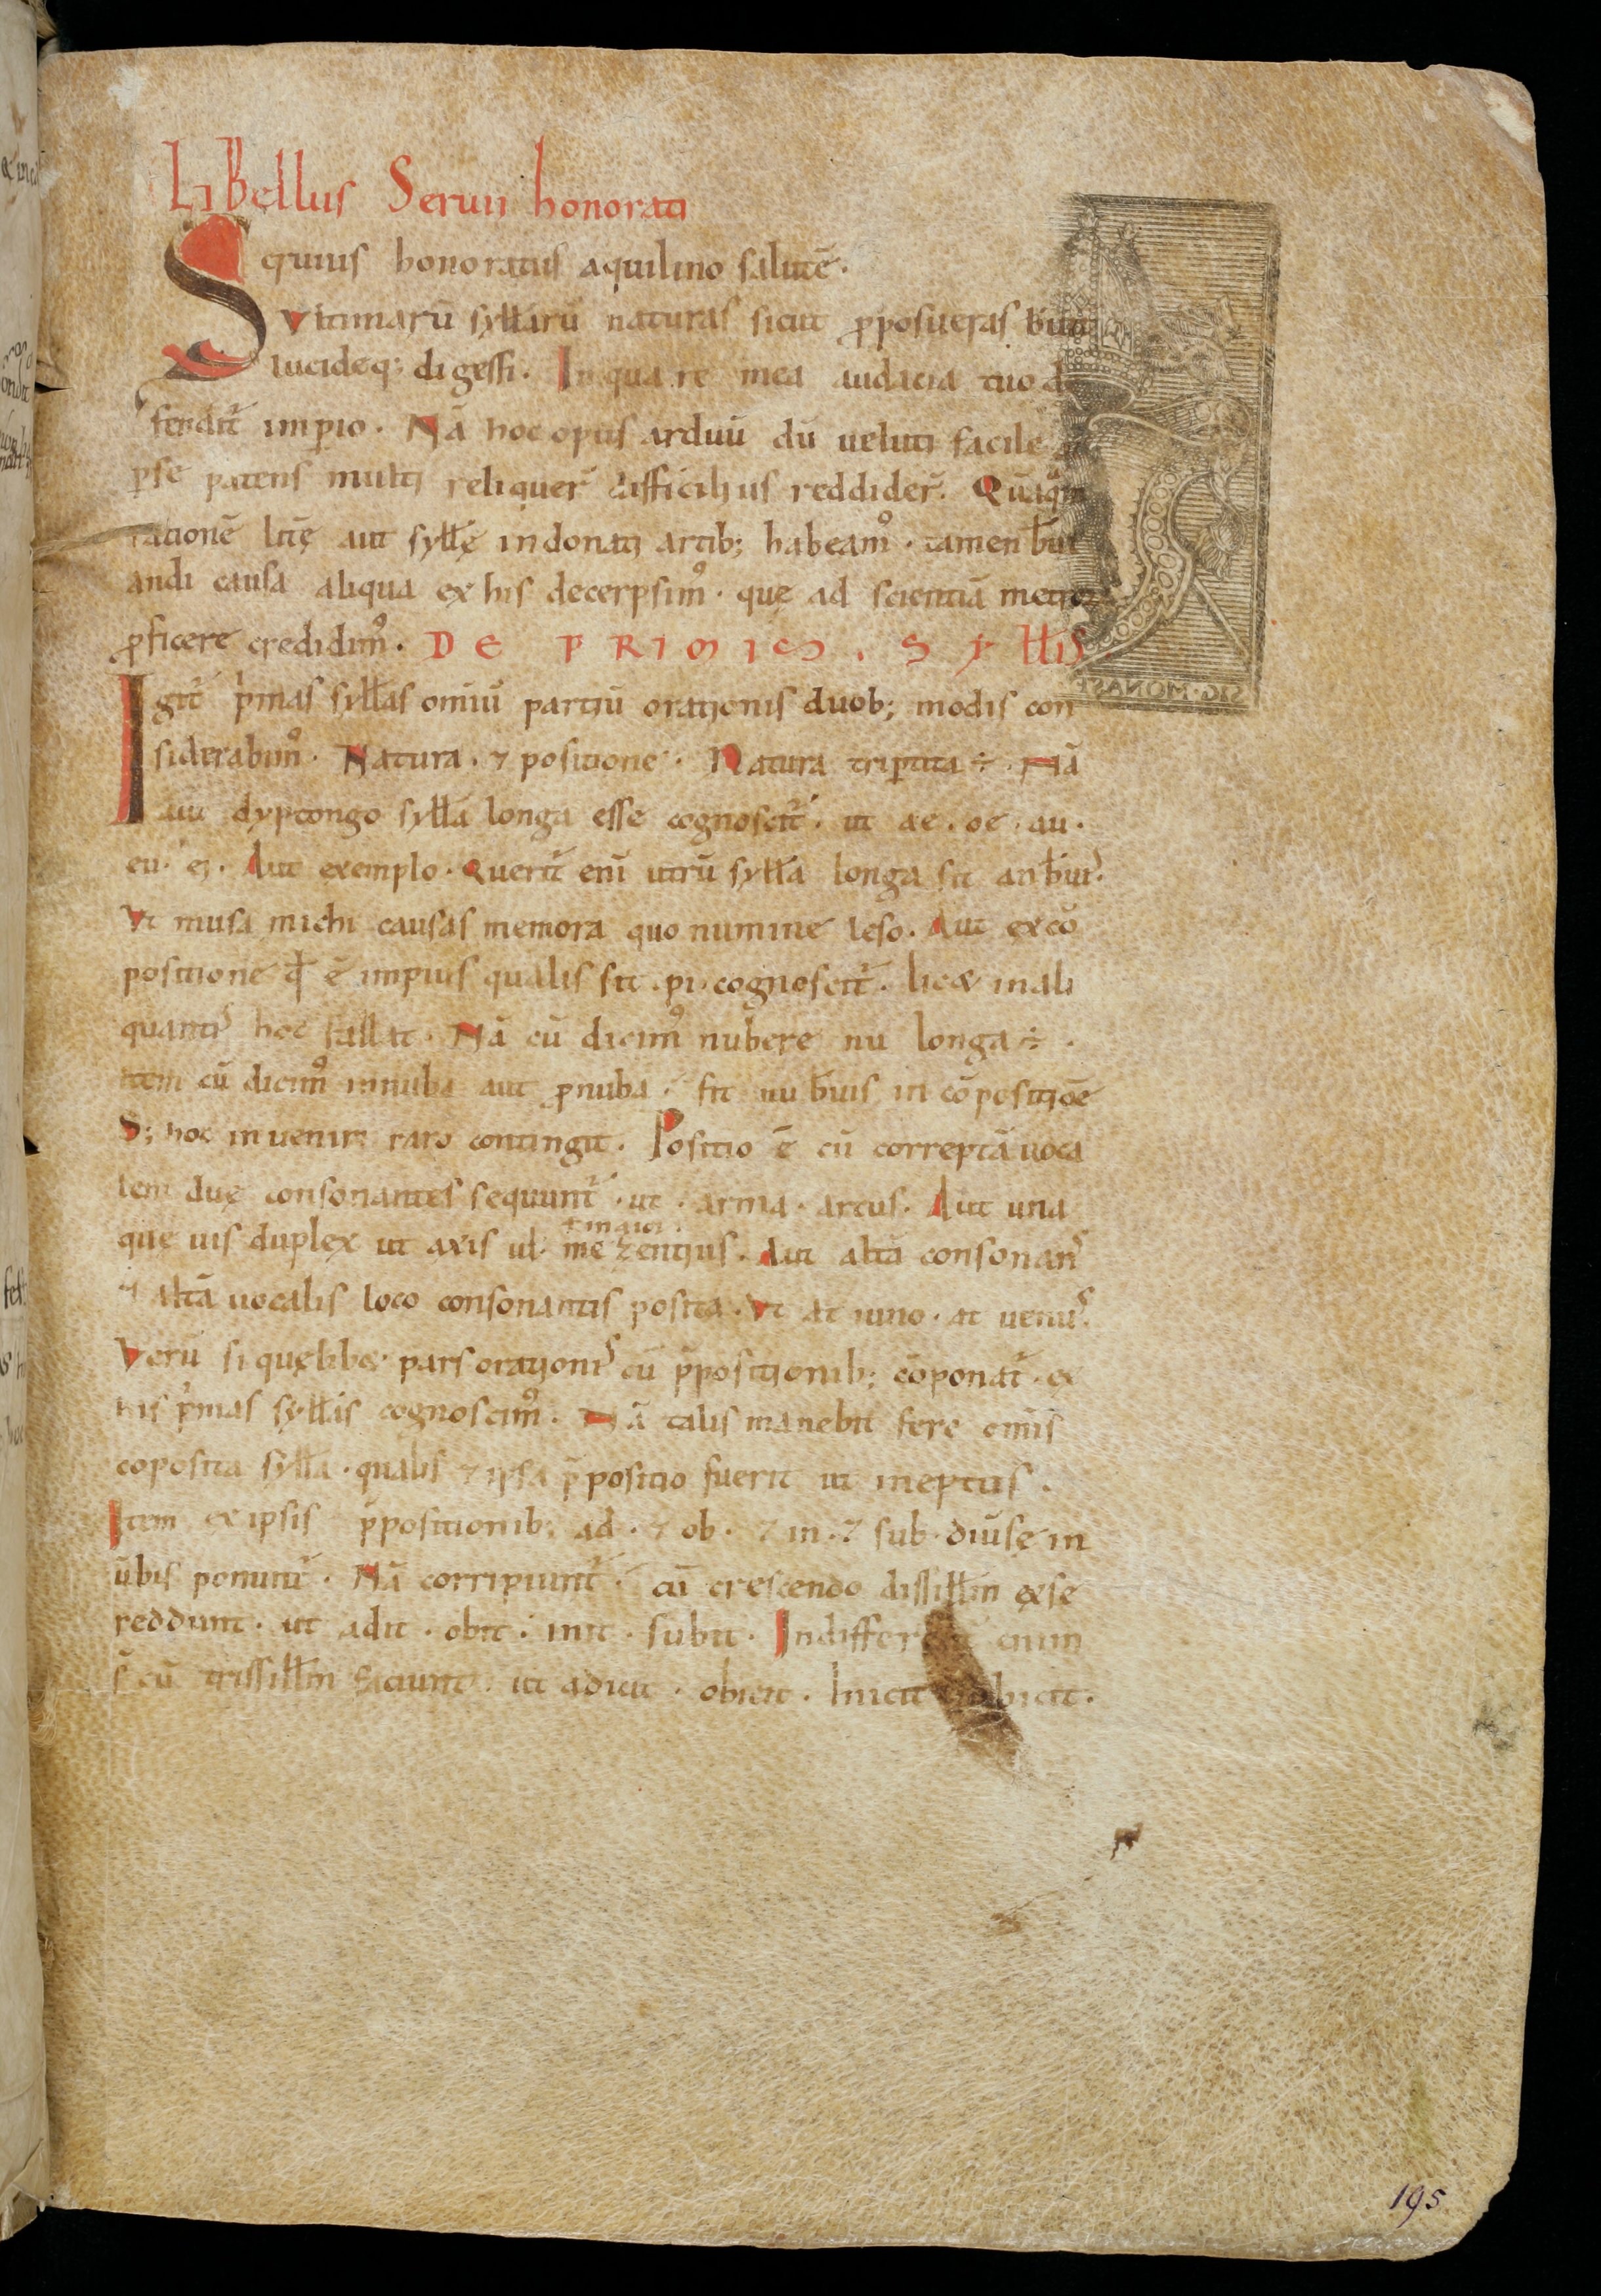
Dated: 900–1199